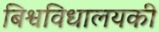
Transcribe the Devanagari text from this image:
बिश्वविधालयकी